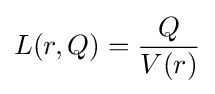
L(r,Q)={\frac {Q}{V(r)}}